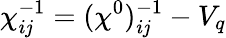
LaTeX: \chi_{i\mathit{j}}^{-1}=(\chi^{0})_{i\mathit{j}}^{-1}-V_{q}